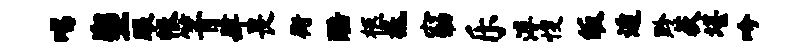
唱塑眼帐箐肆畏街酷柩祗窈乐溥愎皈遁黔荻堪吟